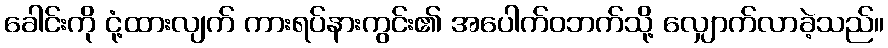
ခေါင်းကို ငုံ့ထားလျက် ကားရပ်နားကွင်း၏ အပေါက်ဝဘက်သို့ လျှောက်လာခဲ့သည်။